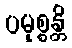
ပမုစ္စန္တိ